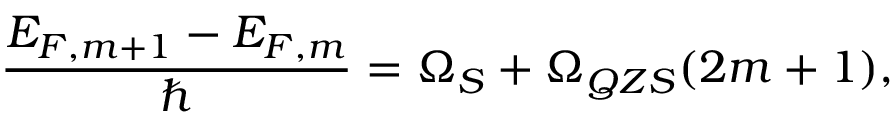
\frac { E _ { F , m + 1 } - E _ { F , m } } { \hbar } = \Omega _ { S } + \Omega _ { Q Z S } ( 2 m + 1 ) ,